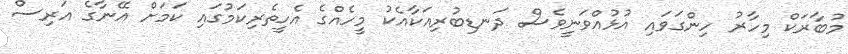
މުބާރަކް މިހާރު ހިންގަވައި އުޅުއްވަނީވެސް ދަނޑިބުރިއަކާއެކު މީހެއްގެ އެހީތެރިކަމުގައި ކަމަށް އޭނާގެ އަރިސް